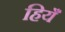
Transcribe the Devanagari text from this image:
हियँ